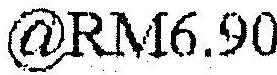
@RM6.90